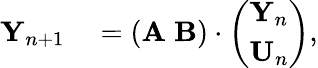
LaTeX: \begin{array}{rl}{{\mathbf Y}_{n+1}}&{{}=\left({\mathbf A}\; {\mathbf B}\right)\cdot\left(\begin{array}{l}{{\mathbf Y}_{n}}\\ {{\mathbf U}_{n}}\end{array}\right),}\end{array}